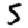
Digit: 5